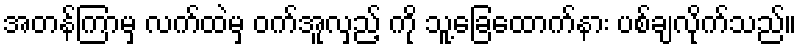
အတန်ကြာမှ လက်ထဲမှ ဝက်အူလှည့် ကို သူ့ခြေထောက်နား ပစ်ချလိုက်သည်။